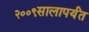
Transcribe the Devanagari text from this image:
२००९सालापर्यंत